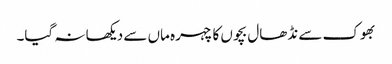
بھوک سے نڈھال بچوں کا چہرہ ماں سے دیکھا نہ گیا۔